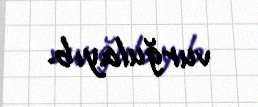
vurğulayıb.